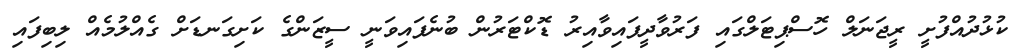
ކުޅުދުއްފުށީ ރީޖަނަލް ހޮސްޕިޓަލްގައި ފަރުވާދީފައިވާއިރު ޑޮކްޓަރުން ބުނެފައިވަނީ ސީޒަންގެ ކަށިގަނޑަށް ގެއްލުމެއް ލިބިފައި